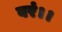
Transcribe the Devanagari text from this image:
वरं।।